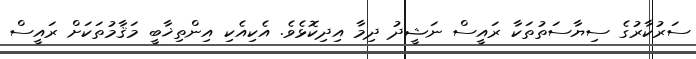
ސަރުކާރުގެ ސިޔާސަތުތަކާ ރައީސް ނަޝީދު ދިމާ އިދިކޮޅެވެ. އެކިއެކި އިންތިޚާބީ މަޤާމުތަކަށް ރައީސް